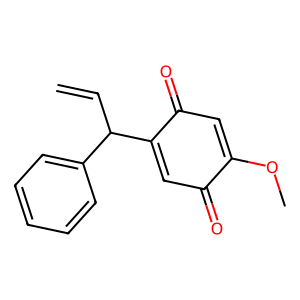
SMILES: C=CC(C1=CC(=O)C(OC)=CC1=O)c1ccccc1
Inhibits HIV replication: No